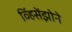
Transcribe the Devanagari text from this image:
व्हिंसेंझोने